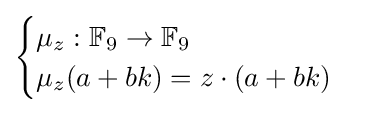
{\begin{cases}\mu _{z}:\mathbb {F} _{9}\to \mathbb {F} _{9}\\\mu _{z}(a+bk)=z\cdot (a+bk)\end{cases}}